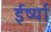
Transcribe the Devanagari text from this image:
ईर्ष्‍या